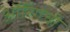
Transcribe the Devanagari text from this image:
ऑरिगेची